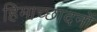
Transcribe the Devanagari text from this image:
हिमाच्छादनों